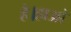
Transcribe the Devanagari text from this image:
है।हाओ